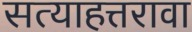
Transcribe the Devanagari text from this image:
सत्याहत्तरावा